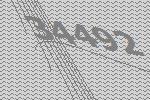
34492